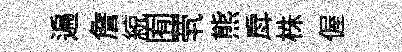
遍詹綂囿茕熊戽株偓